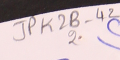
JPK2B-42 	2	(٢